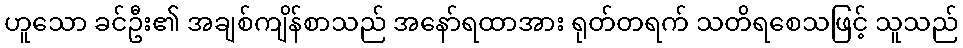
ဟူသော ခင်ဦး၏ အချစ်ကျိန်စာသည် အနော်ရထာအား ရုတ်တရက် သတိရစေသဖြင့် သူသည်